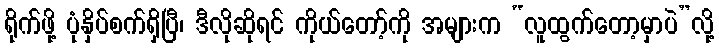
ရိုက်ဖို့ ပုံနှိပ်စက်ရှိပြီ၊ ဒီလိုဆိုရင် ကိုယ်တော့်ကို အများက “လူထွက်တော့မှာပဲ”လို့